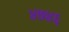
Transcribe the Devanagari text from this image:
४७४६